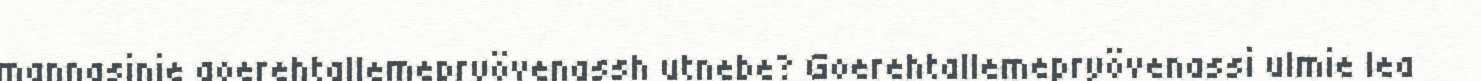
mannasinie goerehtallemepryövenassh utnebe? Goerehtallemepryövenassi ulmie lea